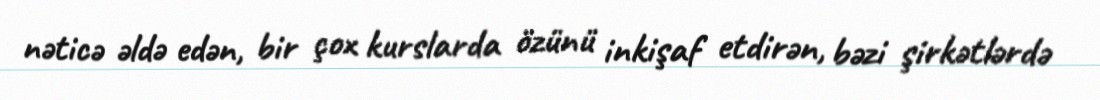
nəticə əldə edən, bir çox kurslarda özünü inkişaf etdirən, bəzi şirkətlərdə